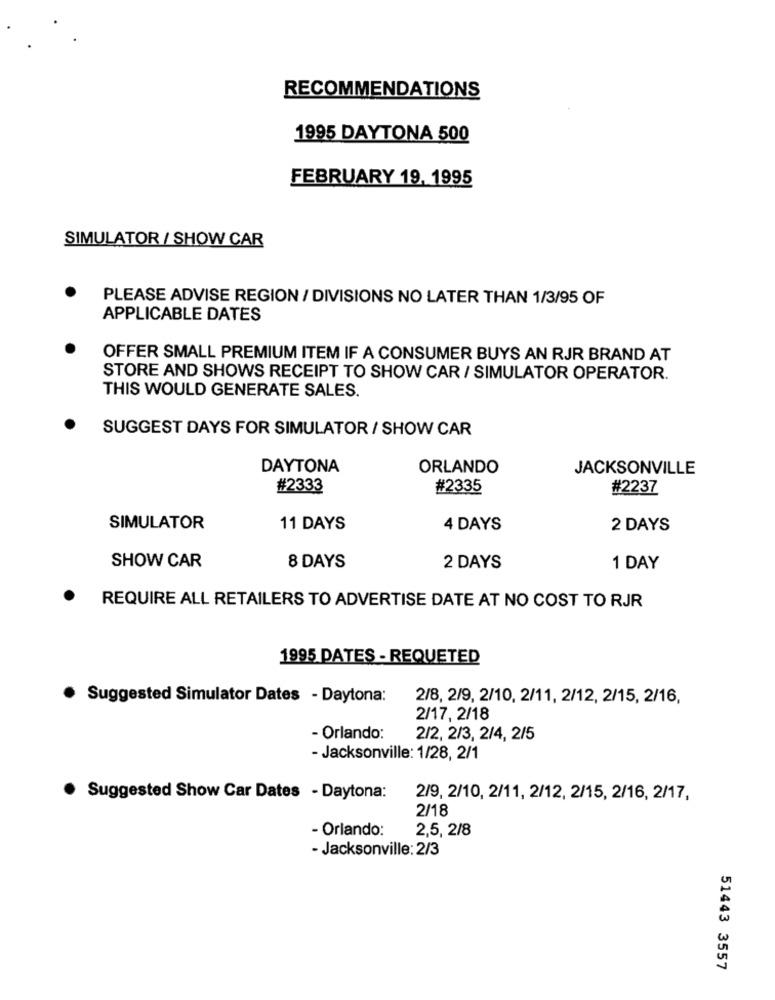
RECOMMENDATIONS
1995 DAYTONA 500
FEBRUARY 19, 1995
SIMULATOR / SHOW CAR
PLEASE ADVISE REGION / DIVISIONS NO LATER THAN 1/3/95 OF
APPLICABLE DATES
OFFER SMALL PREMIUM ITEM IF A CONSUMER BUYS AN RJR BRAND AT
STORE AND SHOWS RECEIPT TO SHOW CAR / SIMULATOR OPERATOR.
THIS WOULD GENERATE SALES.
SUGGEST DAYS FOR SIMULATOR / SHOW CAR
DAYTONA
ORLANDO
JACKSONVILLE
#2333
#2335
#2237
SIMULATOR
11 DAYS
4 DAYS
2 DAYS
SHOW CAR
8 DAYS
2 DAYS
1 DAY
.
REQUIRE ALL RETAILERS TO ADVERTISE DATE AT NO COST TO RJR
1995 DATES - REQUETED
· Suggested Simulator Dates - Daytona:
2/8, 2/9, 2/10, 2/11, 2/12, 2/15, 2/16,
2/17, 2/18
- Orlando:
2/2, 2/3, 2/4, 2/5
- Jacksonville: 1/28, 2/1
Suggested Show Car Dates - Daytona:
2/9, 2/10, 2/11, 2/12, 2/15, 2/16, 2/17,
2/18
- Orlando:
2,5, 2/8
- Jacksonville: 2/3
51443 3557